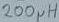
Text: 200µH